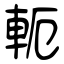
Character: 軛